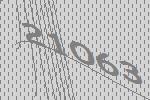
21063